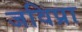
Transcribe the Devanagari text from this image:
जविप्रा